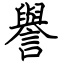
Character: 譽